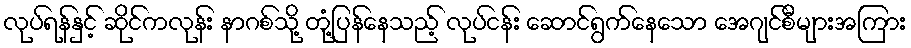
လုပ်ရန်နှင့် ဆိုင်ကလုန်း နာဂစ်သို့ တုံ့ပြန်နေသည့် လုပ်ငန်း ဆောင်ရွက်နေသော အေဂျင်စီများအကြား